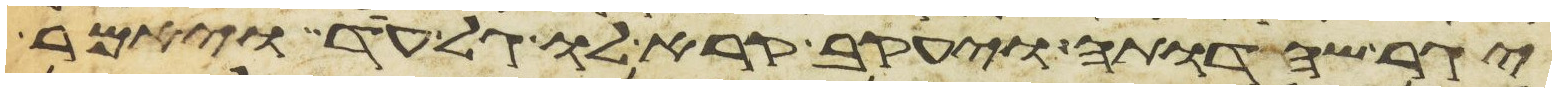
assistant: יגר שהדותה ויעקב קרא לו גל עד ויאמר